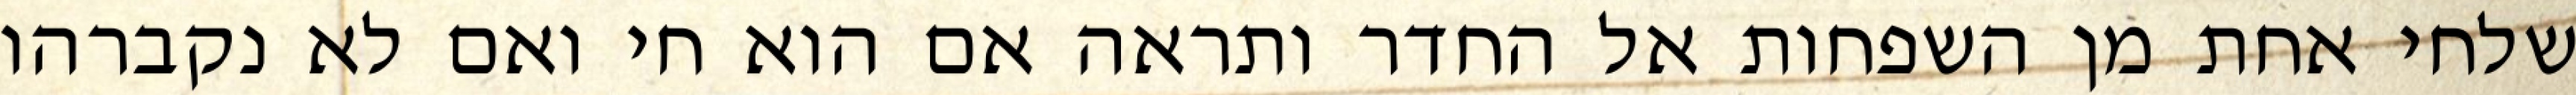
שלחי אחת מן השפחות אל החדר ותראה אם הוא חי ואם לא נקברהו